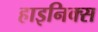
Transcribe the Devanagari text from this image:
हाइनिक्स